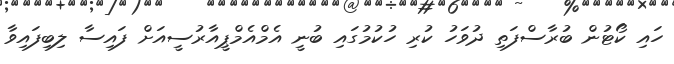
ހަައި ކޯޓުން ބުރާސްފަތި ދުވަހު ކުރި ހުކުމުގައި ބުނީ އެމްއެމްޕީއާރުސީއަށް ފައިސާ ލިބިފައިވާ